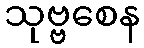
သုဗ္ဗစေန